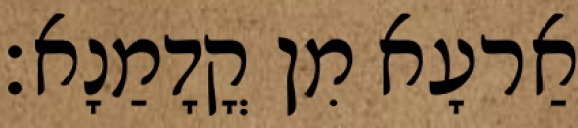
אַרעָא מִן קֳדָמַנָא׃